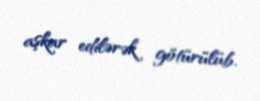
aşkar edilərək götürülüb.